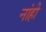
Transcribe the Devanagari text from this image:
नांही